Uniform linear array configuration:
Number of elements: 16
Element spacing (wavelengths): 0.75
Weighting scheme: binomial
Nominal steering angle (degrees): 15
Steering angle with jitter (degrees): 13.402
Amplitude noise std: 0.05
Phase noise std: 0.05

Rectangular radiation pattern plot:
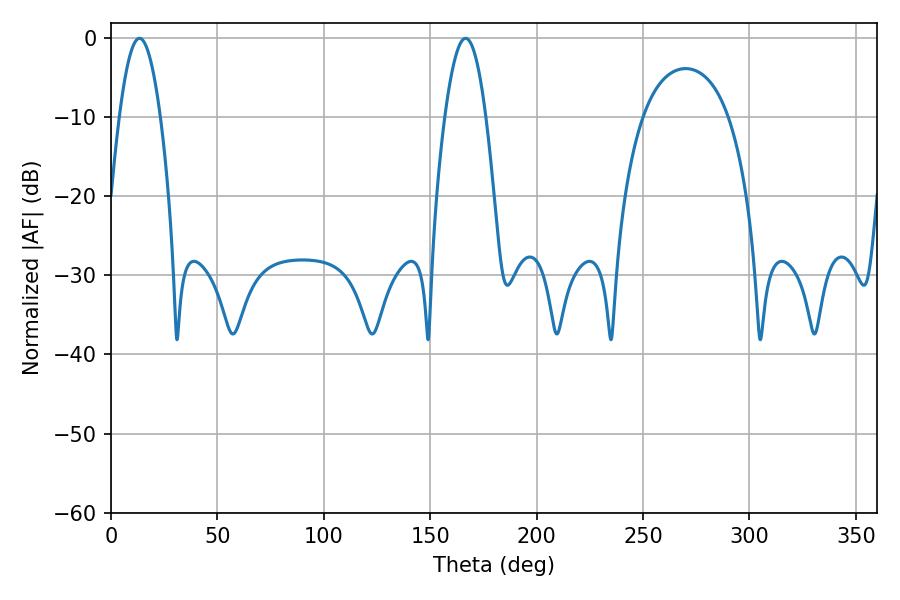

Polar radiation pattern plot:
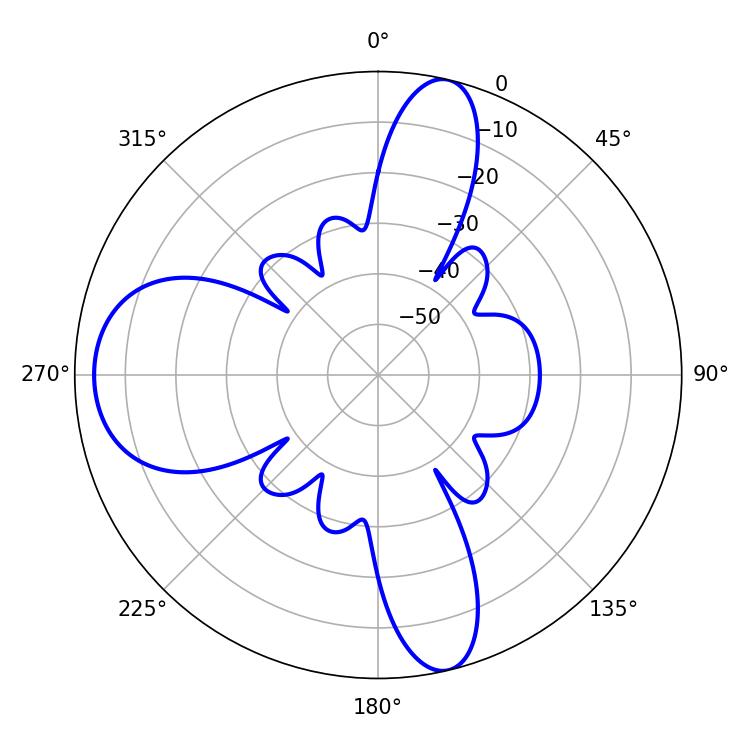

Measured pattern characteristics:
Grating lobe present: TRUE
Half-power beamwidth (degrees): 10.62
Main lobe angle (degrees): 13.32